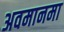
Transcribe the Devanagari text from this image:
अवमानमा